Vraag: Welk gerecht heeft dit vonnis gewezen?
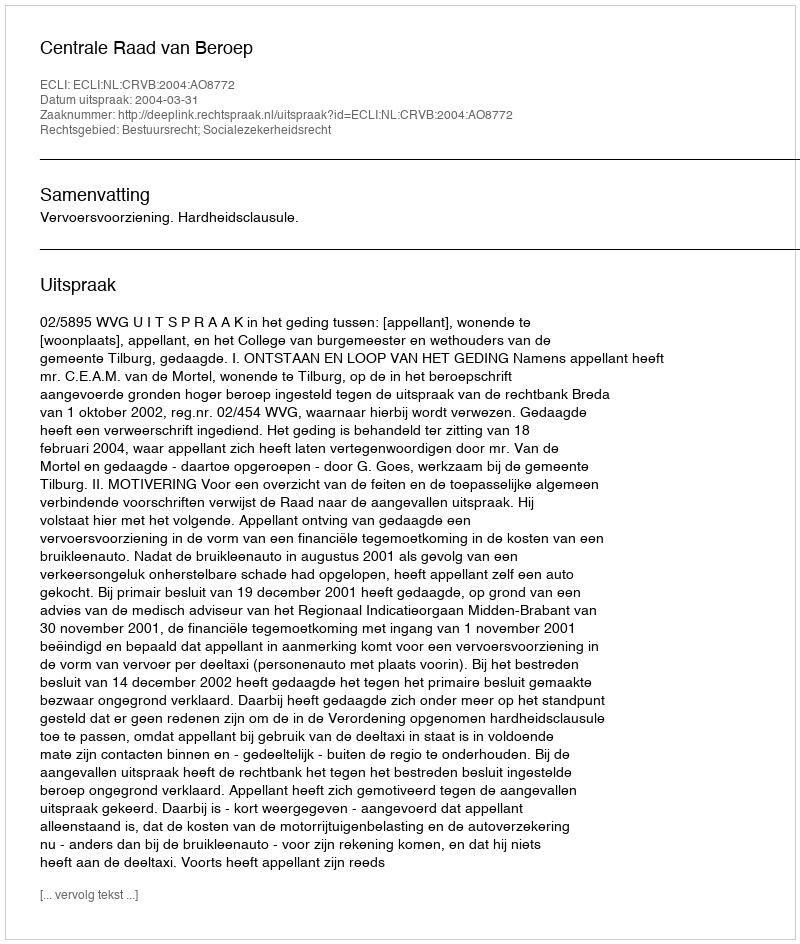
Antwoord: Centrale Raad van Beroep